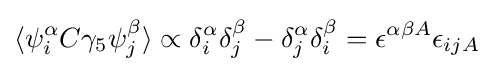
\langle \psi _{i}^{\alpha }C\gamma _{5}\psi _{j}^{\beta }\rangle \propto \delta _{i}^{\alpha }\delta _{j}^{\beta }-\delta _{j}^{\alpha }\delta _{i}^{\beta }=\epsilon ^{\alpha \beta A}\epsilon _{ijA}